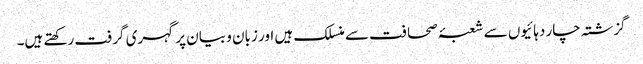
گزشتہ چار دہائیوں سے شعبۂ صحافت سے منسلک ہیں اور زبان و بیان پر گہری گرفت رکھتے ہیں۔